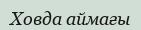
Ховда аймағы